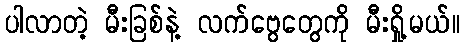
ပါလာတဲ့ မီးခြစ်နဲ့ လက်ဗွေတွေကို မီးရှို့မယ်။